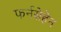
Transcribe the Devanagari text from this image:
फर्नसेहेन